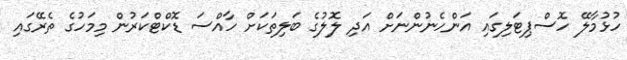
ހުޅުމާލޭ ހޮސްޕިޓަލިގައި އަންހެނުންނަށް އަދި ލޮލުގެ ބަލިތަކަށް ހާއްސަ ޑޮކްޓްކަރުން މިމަހުގެ ތެރޭގައި